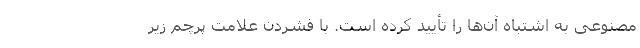
مصنوعی به اشتباه آن‌ها را تأیید کرده است. با فشردن علامت پرچم زیر